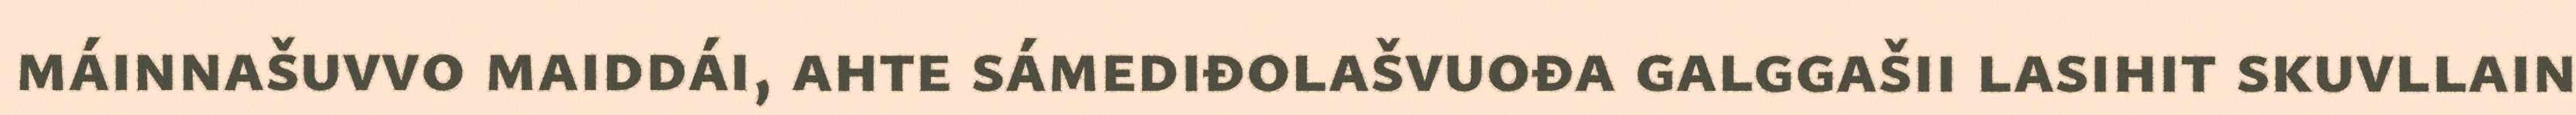
máinnašuvvo maiddái, ahte sámediđolašvuođa galggašii lasihit skuvllain